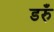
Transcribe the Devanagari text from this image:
डरुँ